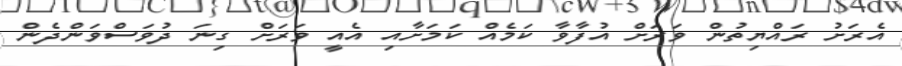
އެރަށު ރައްޔިތުން ވަރަށް އުފާވާ ކަމެއް ކަމަށާއި އެއީ ވަރަށް ގިނަ ދުވަސްވަންދެން